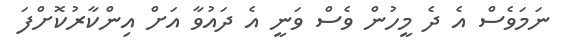
ނަމަވެސް އެ ދެ މީހުން ވެސް ވަނީ އެ ދައުވާ އަށް އިންކާރުކޮށްފަ